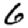
Digit: 6